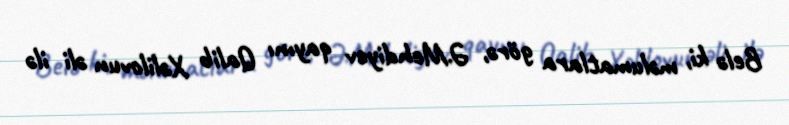
Belə ki, məlumatlara görə, Ə.Mehdiyev qayını Qalib Xəlilovun əli ilə